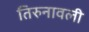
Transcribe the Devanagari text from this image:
तिरुनावली